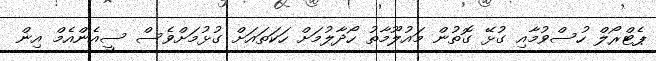
ޕެޓްރޯލް ހުސްވުމާއި ގުޅޭ ގޮތުން މައުލޫމާތު ހޯދާލުމަށް ހަކަތައަށް ގުޅުމަށްވެސް ސީއެންއެމް އިން